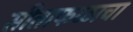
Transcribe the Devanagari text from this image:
सीताफळाचा